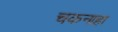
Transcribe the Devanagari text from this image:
चकनाहा